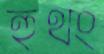
হুথং